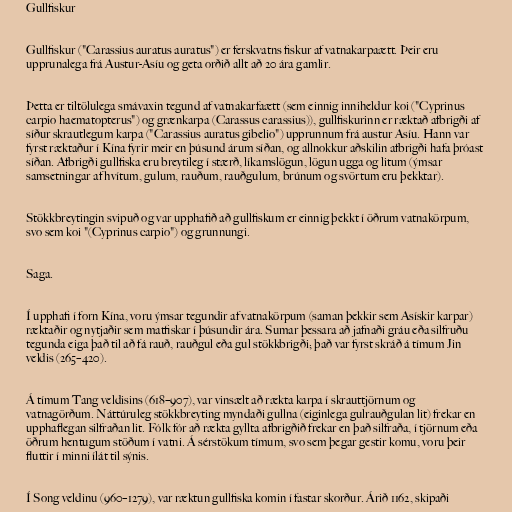
Gullfiskur

Gullfiskur ("Carassius auratus auratus") er ferskvatns fiskur af vatnakarpaætt. Þeir eru
upprunalega frá Austur-Asíu og geta orðið allt að 20 ára gamlir.

Þetta er tiltölulega smávaxin tegund af vatnakarfaætt (sem einnig inniheldur koi ("Cyprinus
carpio haematopterus") og grænkarpa (Carassus carassius)), gullfiskurinn er ræktað afbrigði af
síður skrautlegum karpa ("Carassius auratus gibelio") upprunnum frá austur Asíu. Hann var
fyrst ræktaður í Kína fyrir meir en þúsund árum síðan, og allnokkur aðskilin afbrigði hafa þróast
síðan. Afbrigði gullfiska eru breytileg í stærð, líkamslögun, lögun ugga og litum (ýmsar
samsetningar af hvítum, gulum, rauðum, rauðgulum, brúnum og svörtum eru þekktar).

Stökkbreytingin svipuð og var upphafið að gullfiskum er einnig þekkt í öðrum vatnakörpum,
svo sem koi "(Cyprinus carpio") og grunnungi.

Saga.

Í upphafi í forn Kína, voru ýmsar tegundir af vatnakörpum (saman þekkir sem Asískir karpar)
ræktaðir og nytjaðir sem matfiskar í þúsundir ára. Sumar þessara að jafnaði gráu eða silfruðu
tegunda eiga það til að fá rauð, rauðgul eða gul stökkbrigði; það var fyrst skráð á tímum Jin
veldis (265–420).

Á tímum Tang veldisins (618–907), var vinsælt að rækta karpa í skrauttjörnum og
vatnagörðum. Náttúruleg stökkbreyting myndaði gullna (eiginlega gulrauðgulan lit) frekar en
upphaflegan silfraðan lit. Fólk fór að rækta gyllta afbrigðið frekar en það silfraða, í tjörnum eða
öðrum hentugum stöðum í vatni. Á sérstökum tímum, svo sem þegar gestir komu, voru þeir
fluttir í minni ílát til sýnis.

Í Song veldinu (960–1279), var ræktun gullfiska komin í fastar skorður. Árið 1162, skipaði